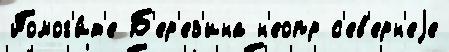
Помог'и́т'е Б'ер'ез'ина н'еопр с'ев'ерн'еjе